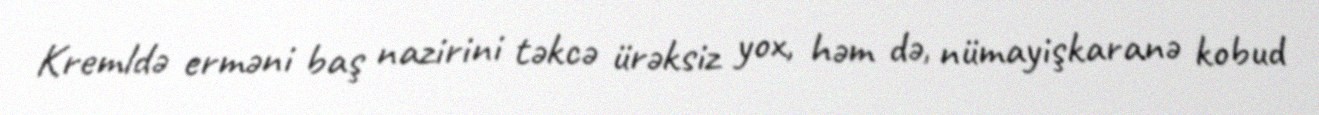
Kremldə erməni baş nazirini təkcə ürəksiz yox, həm də, nümayişkaranə kobud